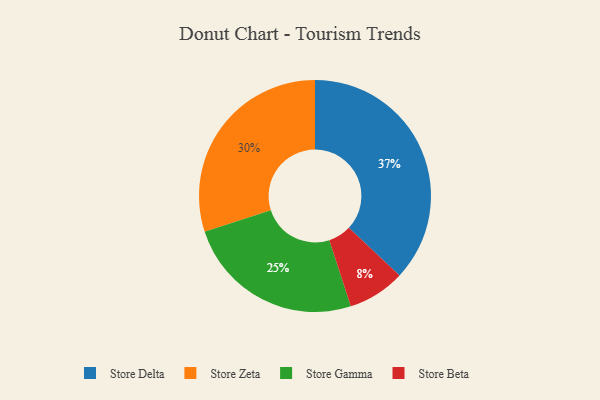
{"axis": {"x": "Category", "y": "Percentage"}, "legend": ["Store Beta", "Store Delta", "Store Gamma", "Store Zeta"], "data": [{"x": "Store Zeta", "y": 30, "type": "Store Zeta"}, {"x": "Store Beta", "y": 8, "type": "Store Beta"}, {"x": "Store Delta", "y": 37, "type": "Store Delta"}, {"x": "Store Gamma", "y": 25, "type": "Store Gamma"}]}